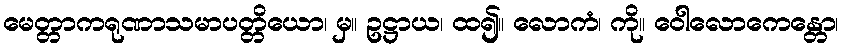
မေတ္တာကရုဏာသမာပတ္တိယော၊ မှ။ ဥဋ္ဌာယ၊ ထ၍။ လောကံ၊ ကို။ ဝေါလောကေန္တော၊